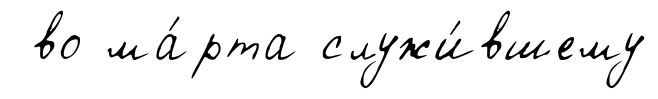
во ма́рта служи́вшему